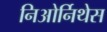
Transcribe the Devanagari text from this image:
निओर्निथेस